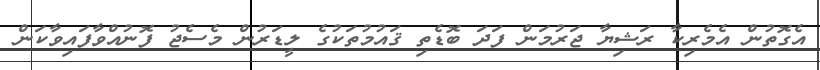
އެގޮތުން އެމެރިކާ ރަޝިޔާ ޖަރުމަން ފަދަ ބޮޑެތި ޤައުމުތަކުގެ ލީޑަރުން މެސެޖު ފޮނުއްވާފައިވާކަން